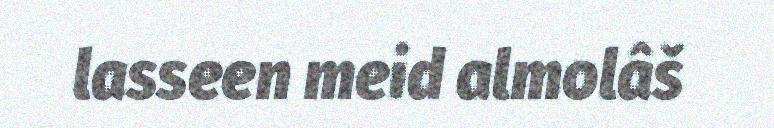
lasseen meid almolâš